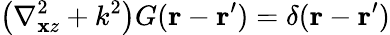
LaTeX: \left(\nabla_{\mathbf{x}z}^{2}+k^{2}\right)G(\mathbf{{r}}-\mathbf{{r}}^{\prime})=\delta(\mathbf{{r}}-\mathbf{{r}}^{\prime})